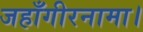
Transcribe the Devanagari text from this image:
जहाँगीरनामा।